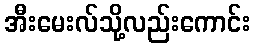
အီးမေးလ်သို့လည်းကောင်း